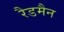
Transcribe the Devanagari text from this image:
रैडमैन